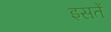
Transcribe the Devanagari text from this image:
इसतें